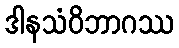
ဒါနသံဝိဘာဂဿ